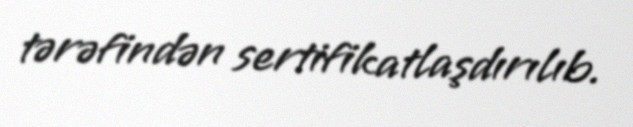
tərəfindən sertifikatlaşdırılıb.